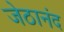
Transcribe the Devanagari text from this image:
जेठानंद